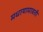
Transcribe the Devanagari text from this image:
मधायामावती